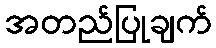
အတည်ပြုချက်